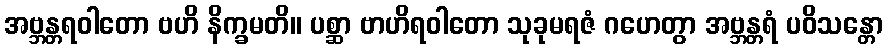
အဗ္ဘန္တရဝါတော ဗဟိ နိက္ခမတိ။ ပစ္ဆာ ဗာဟိရဝါတော သုခုမရဇံ ဂဟေတွာ အဗ္ဘန္တရံ ပဝိသန္တော